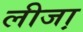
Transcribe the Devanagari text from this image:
लीजा़